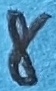
Text: 8